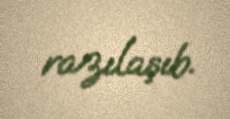
razılaşıb.